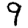
Digit: 9